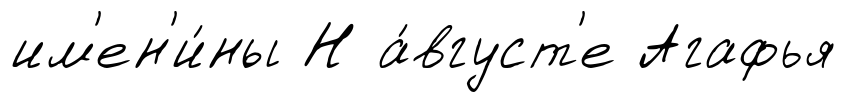
им'ен'и́ны Н а́вгуст'е Агафья